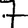
Digit: 7